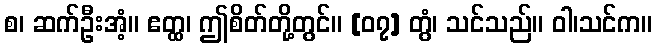
စ၊ ဆက်ဦးအံ့။ ဧတ္ထ၊ ဤစိတ်တို့တွင်။ [၀၇] တွံ၊ သင်သည်။ ဝါ၊သင်က။